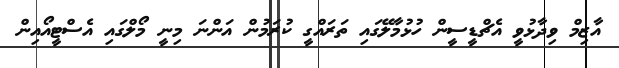
އާޒިމް ވިދާޅުވީ އެޗްޑީސީން ހުޅުމާލޭގައި ތަަރައްގީ ކުރަމުން އަންނަ މިނީ މޯލްގައި އެސްޓީއޯއިން